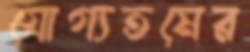
যোগ্যতমের